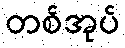
တစ်အုပ်